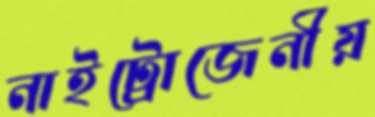
নাইট্রোজেনীয়